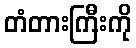
တံတားကြီးကို